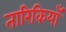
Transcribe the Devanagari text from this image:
तारिकियाँ